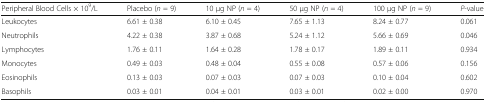
<table><thead><tr><td><b>Peripheral Blood Cells × 10<sup>9</sup>/L</b></td><td><b>Placebo (<i>n</i> = 9)</b></td><td><b>10 μg NP (<i>n</i> = 4)</b></td><td><b>50 μg NP (<i>n</i> = 4)</b></td><td><b>100 μg NP (<i>n</i> = 9)</b></td><td><b><i>P</i>-value</b></td></tr></thead><tbody><tr><td>Leukocytes</td><td>6.61 ± 0.38</td><td>6.10 ± 0.45</td><td>7.65 ± 1.13</td><td>8.24 ± 0.77</td><td>0.061</td></tr><tr><td>Neutrophils</td><td>4.22 ± 0.38</td><td>3.87 ± 0.68</td><td>5.24 ± 1.12</td><td>5.66 ± 0.69</td><td>0.046</td></tr><tr><td>Lymphocytes</td><td>1.76 ± 0.11</td><td>1.64 ± 0.28</td><td>1.78 ± 0.17</td><td>1.89 ± 0.11</td><td>0.934</td></tr><tr><td>Monocytes</td><td>0.49 ± 0.03</td><td>0.48 ± 0.04</td><td>0.55 ± 0.08</td><td>0.57 ± 0.06</td><td>0.156</td></tr><tr><td>Eosinophils</td><td>0.13 ± 0.03</td><td>0.07 ± 0.03</td><td>0.07 ± 0.03</td><td>0.10 ± 0.04</td><td>0.602</td></tr><tr><td>Basophils</td><td>0.03 ± 0.01</td><td>0.04 ± 0.01</td><td>0.03 ± 0.01</td><td>0.02 ± 0.00</td><td>0.970</td></tr></tbody></table>